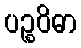
ပဉ္စဝိဓာ